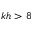
k h > 8